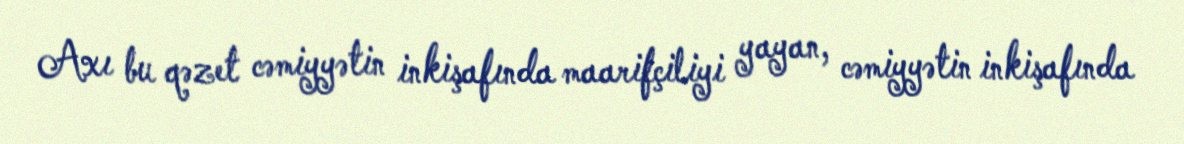
Axı bu qəzet cəmiyyətin inkişafında maarifçiliyi yayan, cəmiyyətin inkişafında